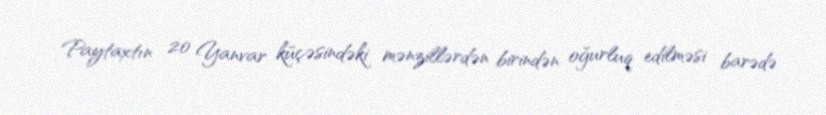
Paytaxtın 20 Yanvar küçəsindəki mənzillərdən birindən oğurluq edilməsi barədə